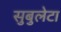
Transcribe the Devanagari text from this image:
सुबुलेटा